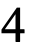
4